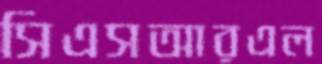
সিএসআরএল